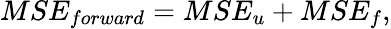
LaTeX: MSE_{forward}=MSE_{u}+MSE_{f},